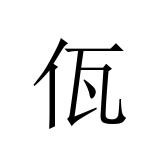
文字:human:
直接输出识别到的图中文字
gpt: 佤